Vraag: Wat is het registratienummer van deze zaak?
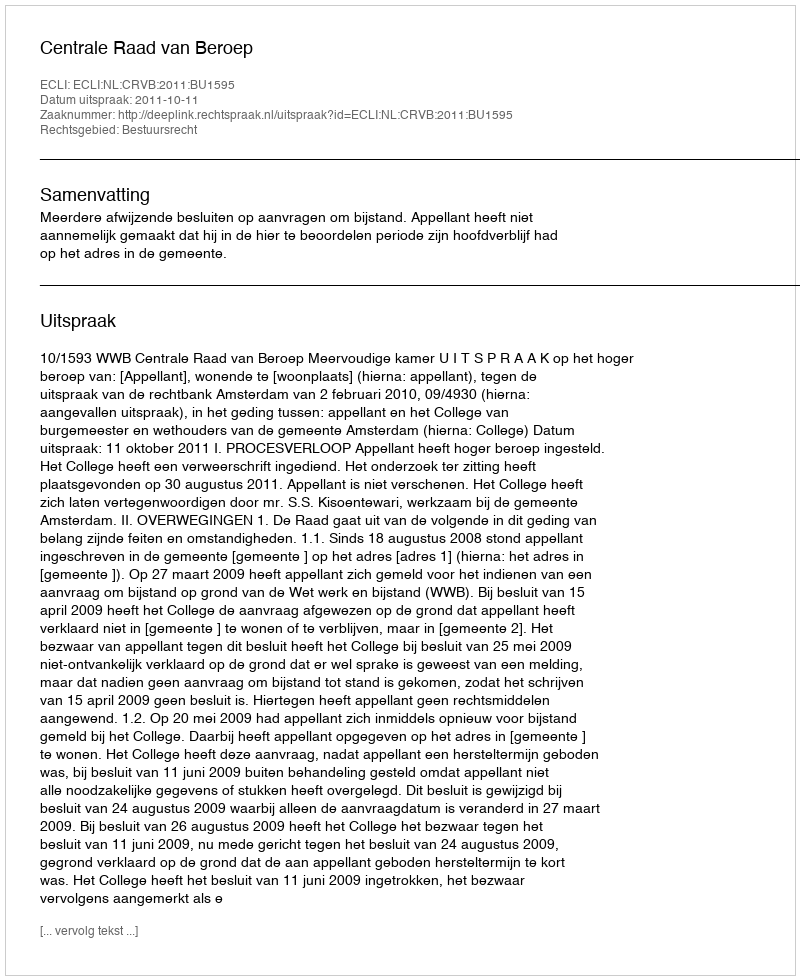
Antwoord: http://deeplink.rechtspraak.nl/uitspraak?id=ECLI:NL:CRVB:2011:BU1595